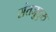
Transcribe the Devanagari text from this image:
संतजुडुरु